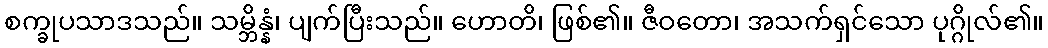
စက္ခုပသာဒသည်။ သမ္ဘိန္နံ၊ ပျက်ပြီးသည်။ ဟောတိ၊ ဖြစ်၏။ ဇီဝတော၊ အသက်ရှင်သော ပုဂ္ဂိုလ်၏။